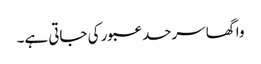
واگھا سرحد عبور کی جاتی ہے۔